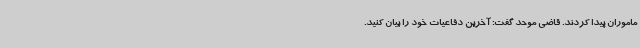
ماموران پیدا کردند. قاضی موحد گفت: آخرین دفاعیات خود را بیان کنید.